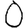
Digit: 0